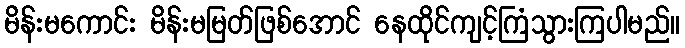
မိန်းမကောင်း မိန်းမမြတ်ဖြစ်အောင် နေထိုင်ကျင့်ကြံသွားကြပါမည်။